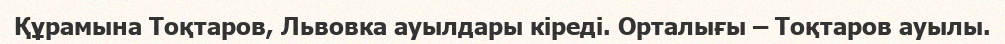
Құрамына Тоқтаров, Львовка ауылдары кіреді. Орталығы – Тоқтаров ауылы.